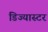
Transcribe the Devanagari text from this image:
डिज्यास्टर